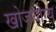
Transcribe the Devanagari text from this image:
खोजयोग्य